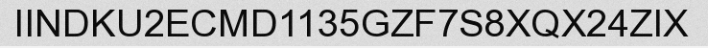
IINDKU2ECMD1135GZF7S8XQX24ZIX